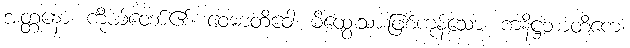
အတ္တနော၊ ကိုယ်တော်၏။ ဝေမာတိဝေါ၊ မိထွေးသားဖြစ်ကုန်သော။ ကနိဋ္ဌဘာတိကေ၊